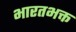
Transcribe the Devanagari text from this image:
भारतभक्त